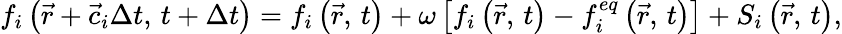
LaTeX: f_{i}\left(\vec{r}+\vec{c}_{i}\Delta t,\, t+\Delta t\right)=f_{i}\left(\vec{r},\, t\right)+\omega\left[f_{i}\left(\vec{r},\, t\right)-f_{i}^{eq}\left(\vec{r},\, t\right)\right]+S_{i}\left(\vec{r},\, t\right),